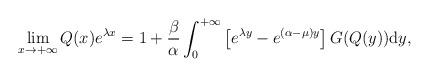
LaTeX: \begin{align*}\lim_{x \rightarrow + \infty} Q(x) e^{\lambda x}=1+\frac{\beta}{\alpha}\int_0^{+\infty}\left[e^{\lambda y}-e^{(\alpha-\mu)y}\right]G(Q(y))\mathrm{d}y,\end{align*}